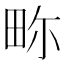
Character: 𤱏